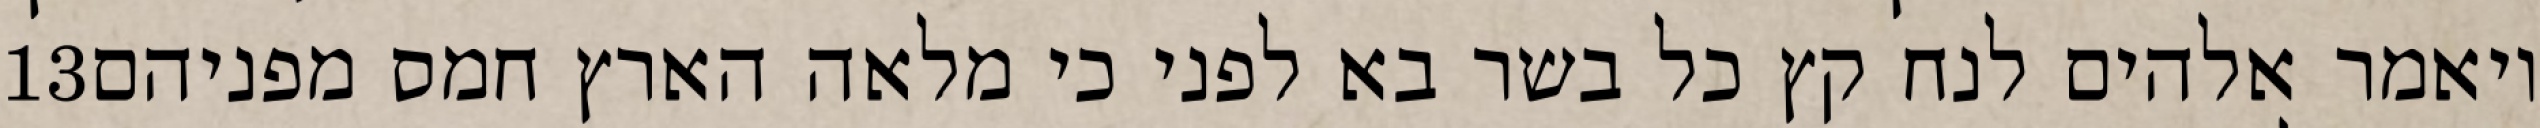
‎13‏ ויאמר אלהים לנח קץ כל בשר בא לפני כי מלאה הארץ חמס מפניהם